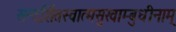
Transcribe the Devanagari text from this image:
सन्दर्शितस्वात्मसुखाम्बुधीनाम्